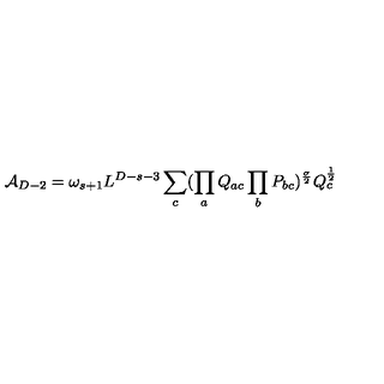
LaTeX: { \cal A } _ { D - 2 } = \omega _ { s + 1 } L ^ { D - s - 3 } \sum _ { c } ( \prod _ { a } Q _ { a c } \prod _ { b } P _ { b c } ) ^ { \frac { \sigma } { 2 } } Q _ { c } ^ { \frac { 1 } { 2 } }